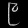
Digit: ၉